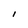
Character: l